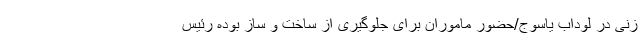
زنی در لوداب یاسوج/حضور ماموران برای جلوگیری از ساخت و ساز بوده رئیس